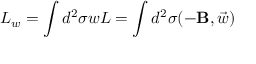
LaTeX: L _ { w } = \int d ^ { 2 } \sigma w L = \int d ^ { 2 } \sigma ( - { \bf { B } } , \vec { w } )